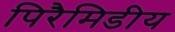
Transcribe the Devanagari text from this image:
पिरैमिडीय